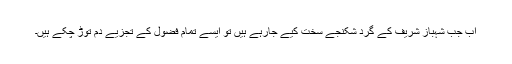
اب جب شہباز شریف کے گرد شکنجے سخت کیے جارہے ہیں تو ایسے تمام فضول کے تجزیے دم توڑ چکے ہیں۔